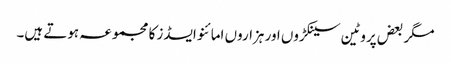
مگر بعض پروٹین سینکڑوں اور ہزاروں امائنو ایسڈز کا مجموعہ ہوتے ہیں۔